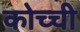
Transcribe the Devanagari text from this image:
कोच्‍ची